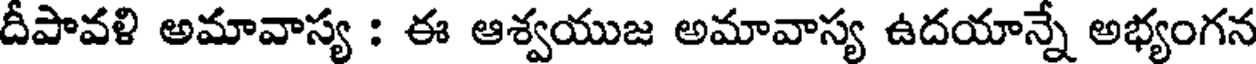
దీపావళి అమావాస్య : ఈ ఆశ్వయుజ అమావాస్య ఉదయాన్నే అభ్యంగన